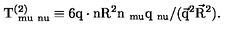
\mathrm { T _ { \ m u \ n u } ^ { ( 2 ) } \equiv 6 q \cdot n R ^ { 2 } n _ { \ m u } q _ { \ n u } / ( \vec { q } ^ { 2 } \vec { R } ^ { 2 } ) . }